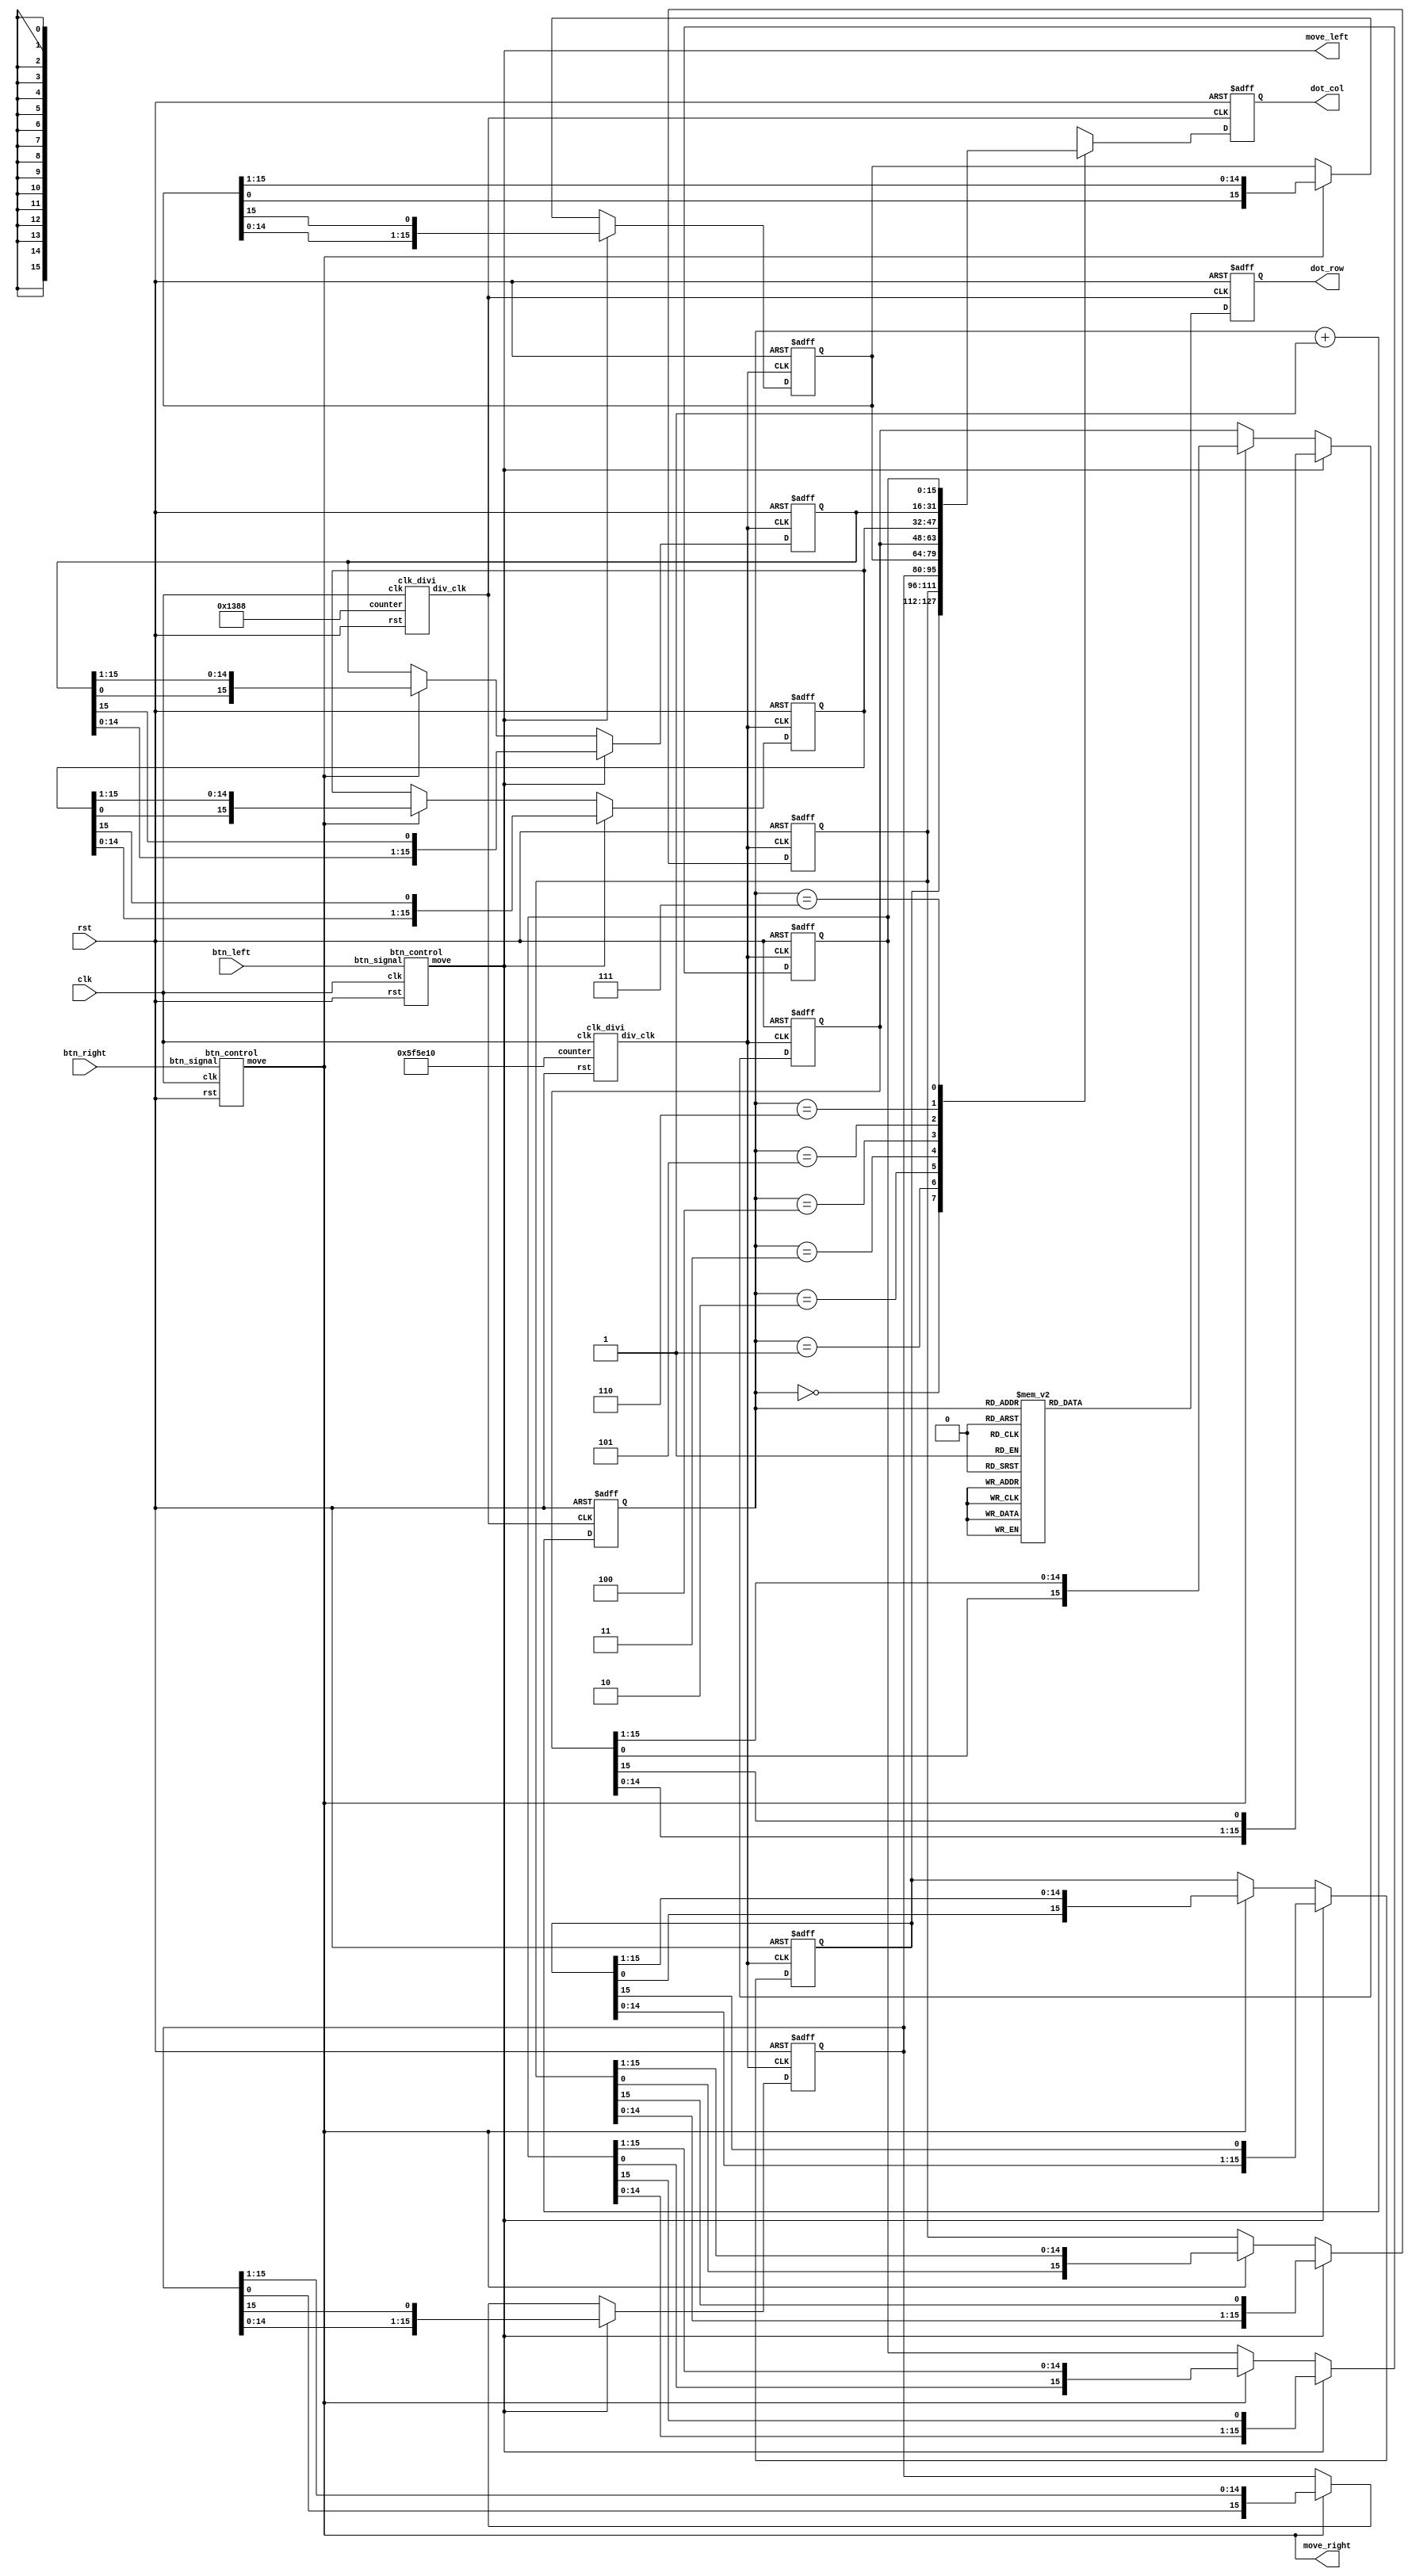
// This program was cloned from: https://github.com/Darkborderman/schoolWorks
// License: BSD 2-Clause "Simplified" License

module dot_matrix(clk,rst,btn_left,btn_right,move_left, move_right, dot_row,dot_col);
	input clk,rst,btn_left,btn_right;
	output reg [7:0] dot_row;
	output reg [15:0] dot_col;
	
	output move_left,move_right;

	reg [31:0] cnt_div,cnt_dot;
	reg [15:0] dot_col_buff[0:7];
	reg [2:0] row_count;
	wire clk_div,clk_dot;

	btn_control left_btn_control(clk,rst,btn_left,move_left);
	btn_control right_btn_control(clk,rst,btn_right,move_right);
	
	
	clk_divi myclk (clk,rst,32'd6250000, clk_div);
	clk_divi myclk2 (clk,rst,32'd5000, clk_dot);
	
	always@ (posedge clk_dot or negedge rst)
	begin
		if (~rst)
		begin
			dot_row <= 8'd0;
			dot_col <= 16'd0;
			row_count <= 3'd0;
		end
		else
		begin
		    row_count <= row_count + 1;
			dot_col <= dot_col_buff[row_count];
		    case (row_count)
				3'd0: dot_row <= 8'b01111111;
				3'd1: dot_row <= 8'b10111111;
				3'd2: dot_row <= 8'b11011111;
				3'd3: dot_row <= 8'b11101111;
				3'd4: dot_row <= 8'b11110111;
				3'd5: dot_row <= 8'b11111011;
				3'd6: dot_row <= 8'b11111101;
				3'd7: dot_row <= 8'b11111110;
			endcase
		end
	end

	always@ (posedge clk_div or negedge rst)
	begin
		if (~rst)
		begin 
				dot_col_buff[0] <= 16'b0001110000000000;
				dot_col_buff[1] <= 16'b0001011000000000;
				dot_col_buff[2] <= 16'b0001111000000000;
				dot_col_buff[3] <= 16'b0011100000000000;
				dot_col_buff[4] <= 16'b1111110000000000;
				dot_col_buff[5] <= 16'b1111100000000000;
				dot_col_buff[6] <= 16'b0111100000000000;
				dot_col_buff[7] <= 16'b0010100000000000;
		end
		else
			begin 
				if (move_left)
				begin 
					dot_col_buff[0] <= {dot_col_buff[0][14:0],dot_col_buff[0][15]};
					dot_col_buff[1] <= {dot_col_buff[1][14:0],dot_col_buff[1][15]};
					dot_col_buff[2] <= {dot_col_buff[2][14:0],dot_col_buff[2][15]};
					dot_col_buff[3] <= {dot_col_buff[3][14:0],dot_col_buff[3][15]};
					dot_col_buff[4] <= {dot_col_buff[4][14:0],dot_col_buff[4][15]};
					dot_col_buff[5] <= {dot_col_buff[5][14:0],dot_col_buff[5][15]};
					dot_col_buff[6] <= {dot_col_buff[6][14:0],dot_col_buff[6][15]};
					dot_col_buff[7] <= {dot_col_buff[7][14:0],dot_col_buff[7][15]};
				end
				else if (move_right)
				begin 
					dot_col_buff[0] <= {dot_col_buff[0][0],dot_col_buff[0][15:1]};
					dot_col_buff[1] <= {dot_col_buff[1][0],dot_col_buff[1][15:1]};
					dot_col_buff[2] <= {dot_col_buff[2][0],dot_col_buff[2][15:1]};
					dot_col_buff[3] <= {dot_col_buff[3][0],dot_col_buff[3][15:1]};
					dot_col_buff[4] <= {dot_col_buff[4][0],dot_col_buff[4][15:1]};
					dot_col_buff[5] <= {dot_col_buff[5][0],dot_col_buff[5][15:1]};
					dot_col_buff[6] <= {dot_col_buff[6][0],dot_col_buff[6][15:1]};
					dot_col_buff[7] <= {dot_col_buff[7][0],dot_col_buff[7][15:1]};
				end
				
		end
	end

endmodule

module btn_control(clk,rst,btn_signal,move);
	input clk,rst,btn_signal;
	output reg move;

	reg [31:0] cnt;

	always@(posedge clk or negedge rst)
	begin
		if (~rst)
		begin
			move <= 1'b0;
			cnt <= 32'd0;
		end
		else
		begin

			if (cnt == 12500000)
			begin
				move <= 1'b0;
				cnt <= 32'd0;
			end
			else if(cnt[7:0] == 8'd0)
			begin
				move <= (!btn_signal)? 1'b1 : move;
				cnt <= cnt + 32'b1;
			end
			else
			begin
				cnt <= cnt + 32'b1;
			end
		end
	end

endmodule

module clk_divi (clk,rst,counter,div_clk);
input clk,rst;
input [31:0]counter;
output div_clk;
reg div_clk;
reg [31:0]count;
always @ (posedge clk)
begin 
	if (!rst)
	begin 
	count <= 32'd0;
	div_clk <=1'b0;
	end
	else
	begin 
	if (count == counter)
	begin 
	count<=32'd0;
	div_clk <=~div_clk;
	end
	else
	begin 
		count <= count + 32'd1;
end
end
end
endmodule